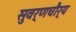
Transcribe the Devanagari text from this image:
सुवर्णचौर्य